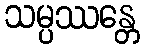
သမ္ပဿန္တေ